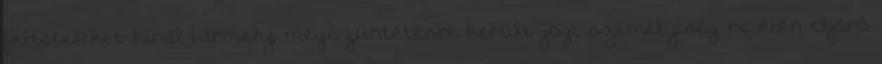
feltételeket kínál bármely, megszüntetésre került jogi személyiség nevében eljáró